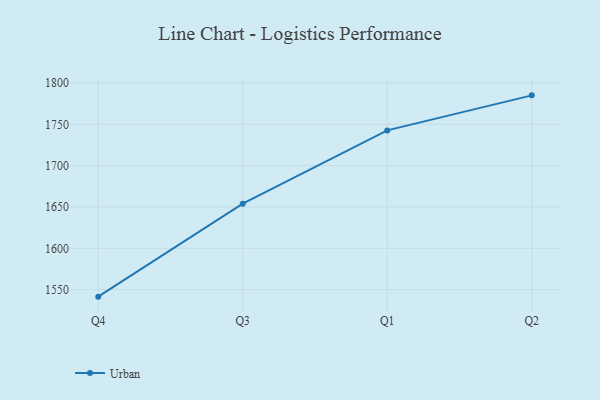
{"axis": {"x": "Quarter", "y": "Shipments"}, "legend": ["Urban"], "data": [{"x": "Q4", "y": 1541.5, "type": "Urban"}, {"x": "Q3", "y": 1654.0, "type": "Urban"}, {"x": "Q1", "y": 1742.7, "type": "Urban"}, {"x": "Q2", "y": 1785.1, "type": "Urban"}]}